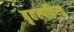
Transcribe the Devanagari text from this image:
बृहस्पतिस्तु